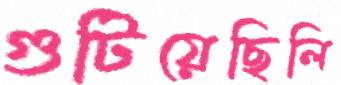
গুটিয়েছিলি